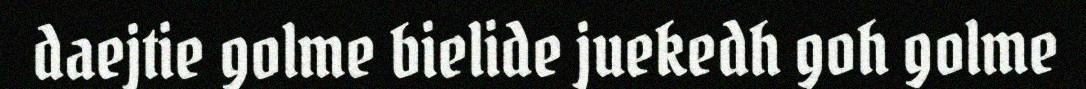
daejtie golme bielide juekedh goh golme